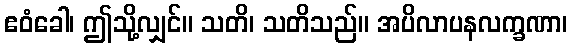
ဧဝံခေါ၊ ဤသို့လျှင်။ သတိ၊ သတိသည်။ အပိလာပနလက္ခဏာ၊